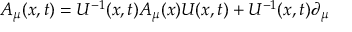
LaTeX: { \cal A } _ { \mu } ( x , t ) = U ^ { - 1 } ( x , t ) A _ { \mu } ( x ) U ( x , t ) + U ^ { - 1 } ( x , t ) \partial _ { \mu }